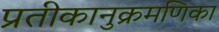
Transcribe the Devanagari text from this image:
प्रतीकानुक्रमणिका